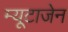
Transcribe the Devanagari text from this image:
म्यूटाजेन